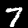
Digit: 7